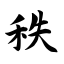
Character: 秩